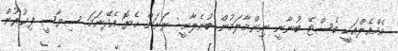
އެމްއެލްއަކީ ބެސްޓޭ ބުނާނީ ނިންމާލަމުން ބުނެލާނީ: ރަށަށް ހެޔޮ އެދޭނަމަ ސިޔާސީ ފިކުރުން